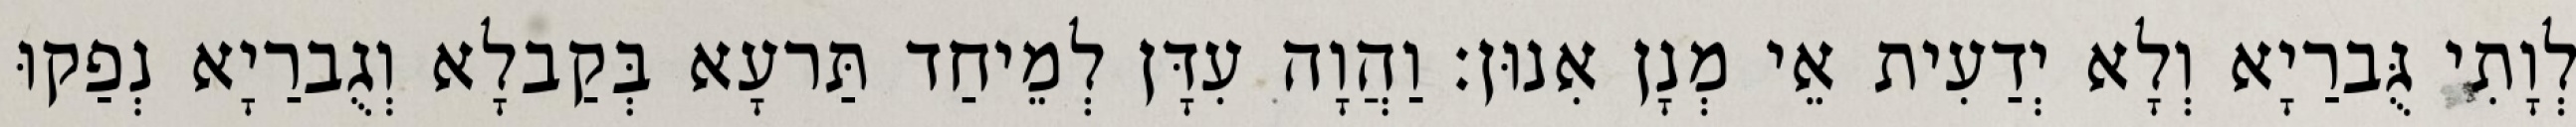
לְוָתִי גֻּברַיָא וְלָא יְדַעִית אֵי מְנָן אִנוּן׃ וַהֲוָה עִדָּן לְמֵיחַד תַּרעָא בְּקַבלָא וְגֻברַיָא נְפַקוּ